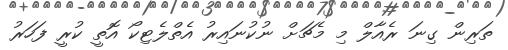
ތަރިން ގިނަ ރެއާލް މި މެޗަށް ނުކުނައިރު އެތްލެޓިކޯ އޮތީ ކުރީ ފަހަރު